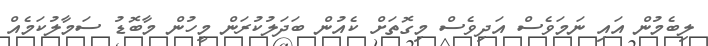
ލިބެމުން އައި ނަމަވެސް އަދިވެސް މިގޮތަށް ކެއުން ބަދަލުކުރަން މީހުން މާބޮޑު ސަމާލުކަމެއް